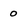
Character: 0